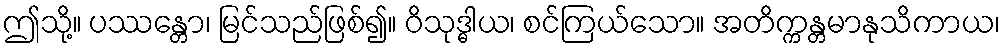
ဤသို့။ ပဿန္တော၊ မြင်သည်ဖြစ်၍။ ဝိသုဒ္ဓါယ၊ စင်ကြယ်သော။ အတိက္ကန္တမာနုသိကာယ၊